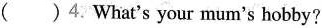
（ ）4.What's your mum's hobby?